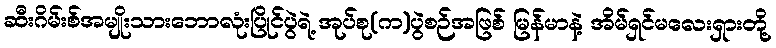
ဆီးဂိမ်းစ်အမျိုးသားဘောလုံးပြိုင်ပွဲရဲ့ အုပ်စု(က)ပွဲစဉ်အဖြစ် မြန်မာနဲ့ အိမ်ရှင်မလေးရှားတို့